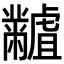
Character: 𪓐